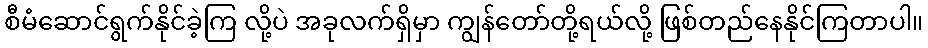
စီမံဆောင်ရွက်နိုင်ခဲ့ကြ လို့ပဲ အခုလက်ရှိမှာ ကျွန်တော်တို့ရယ်လို့ ဖြစ်တည်နေနိုင်ကြတာပါ။